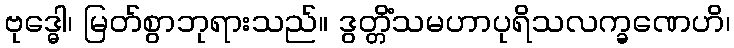
ဗုဒ္ဓေါ၊ မြတ်စွာဘုရားသည်။ ဒွတ္တိံသမဟာပုရိသလက္ခဏေဟိ၊